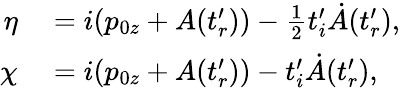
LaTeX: \begin{array}{rl}{\eta}&{{}=i(p_{0z}+A(t_{r}^{\prime}))-\frac{1}{2}t_{i}^{\prime}\dot{A}(t_{r}^{\prime}),}\\ {\chi}&{{}=i(p_{0z}+A(t_{r}^{\prime}))-t_{i}^{\prime}\dot{A}(t_{r}^{\prime}),}\end{array}